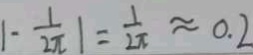
1 - \frac { 1 } { 2 \pi } \vert = \frac { 1 } { 2 \pi } \approx 0 . 2